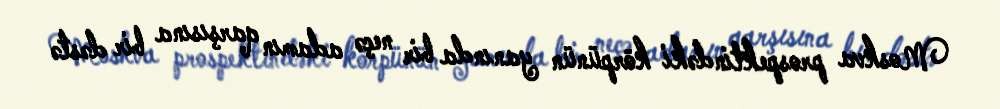
Moskva prospektindəki körpünün yanında bir neçə adamın qarşısına bir dəstə